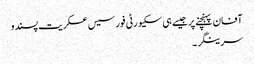
آفان پہنچنے پر جیسے ہی سکیورٹی فورسیس عسکریت پسندو
سرینگر ۔